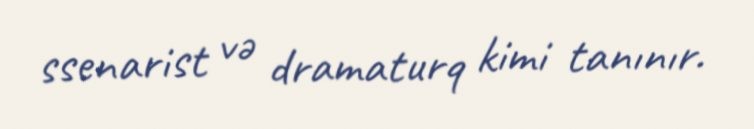
ssenarist və dramaturq kimi tanınır.